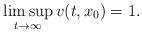
LaTeX: \begin{align*}\limsup _{t\to\infty} v(t,x_0)=1.\end{align*}